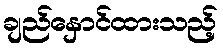
ချည်နှောင်ထားသည့်